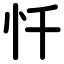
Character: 忏